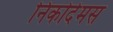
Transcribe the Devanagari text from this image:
निकोदेमस